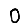
Digit: 0